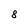
Character: 8